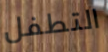
التطفل